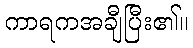
ကာရကအချီပြီး၏။